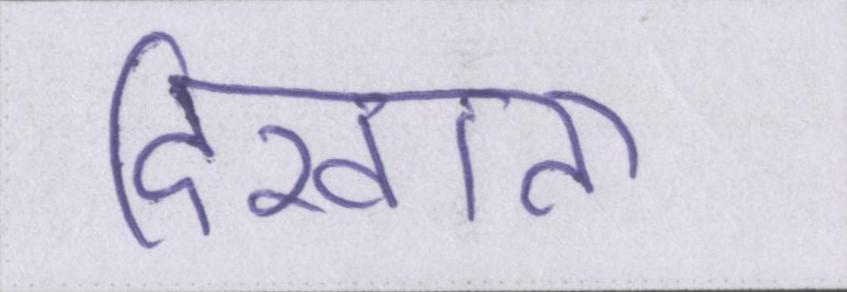
दिखाता